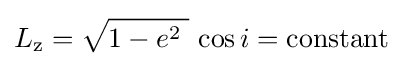
L_{\mathrm {z} }={\sqrt {1-e^{2}\;}}\,\cos i=\mathrm {constant}